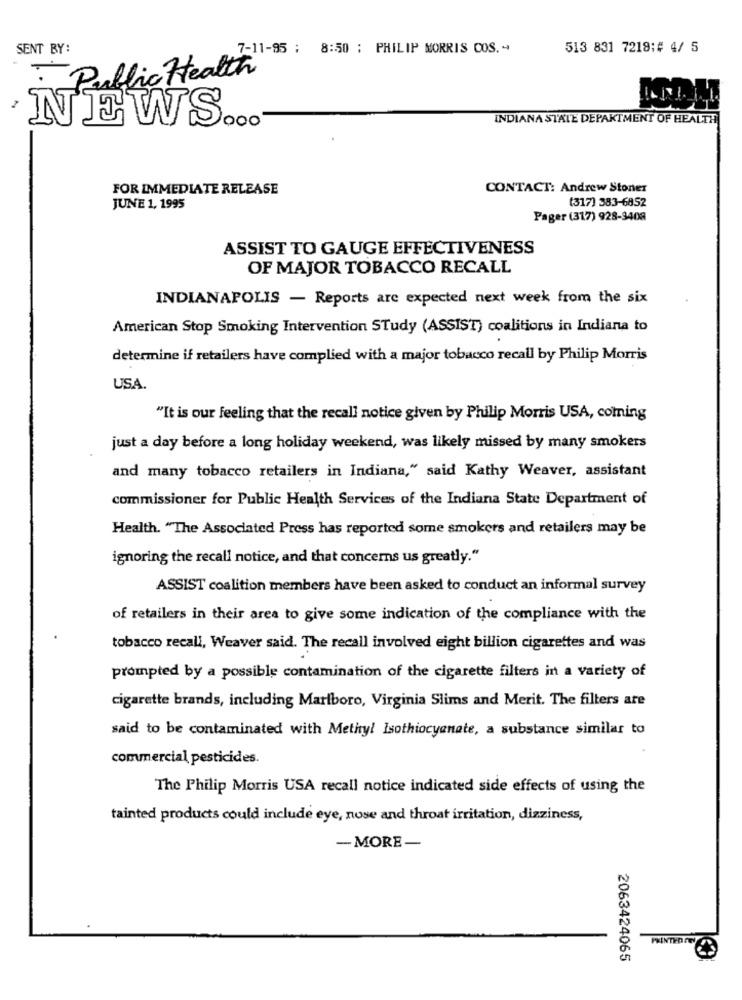
SENT BY:
7-11-95 : 8:50 ; PHILIP MORRIS COS .-
513 831 7218:# 4/ 5
-Public Health
NEWS ...
INDIANA STATE DEPARTMENT OF HEALTH
FOR IMMEDIATE RELEASE
CONTACT: Andrew Stoner
(317) 383-6852
JUNE 1, 1995
Pager (317) 928-3408
ASSIST TO GAUGE EFFECTIVENESS
OF MAJOR TOBACCO RECALL
INDIANAPOLIS - Reports are expected next week from the six
American Stop Smoking Intervention STudy (ASSIST) coalitions in Indiana to
determine if retailers have complied with a major tobacco recall by Philip Morris
USA.
"It is our feeling that the recall notice given by Philip Morris USA, coming
just a day before a long holiday weekend, was likely missed by many smokers
and many tobacco retailers in Indiana," said Kathy Weaver, assistant
commissioner for Public Health Services of the Indiana State Department of
Health. "The Associated Press has reported some smokers and retailers may be
ignoring the recall notice, and that concerns us greatly."
ASSIST coalition members have been asked to conduct an informal survey
of retailers in their area to give some indication of the compliance with the
tobacco recall, Weaver said. The recall involved eight billion cigarettes and was
prompted by a possible contamination of the cigarette filters in a variety of
cigarette brands, including Marlboro, Virginia Slims and Merit. The filters are
said to be contaminated with Methyl Isothiocyenete, a substance similar to
commercial pesticides.
The Philip Morris USA recall notice indicated side effects of using the
tainted products could include eye, nose and throat irritation, dizziness,
-MORE-
PRINTED IN
2063424065